King Institute of Preventive Medicine Micro-Biological Section reports 1909-11
Year: 1909
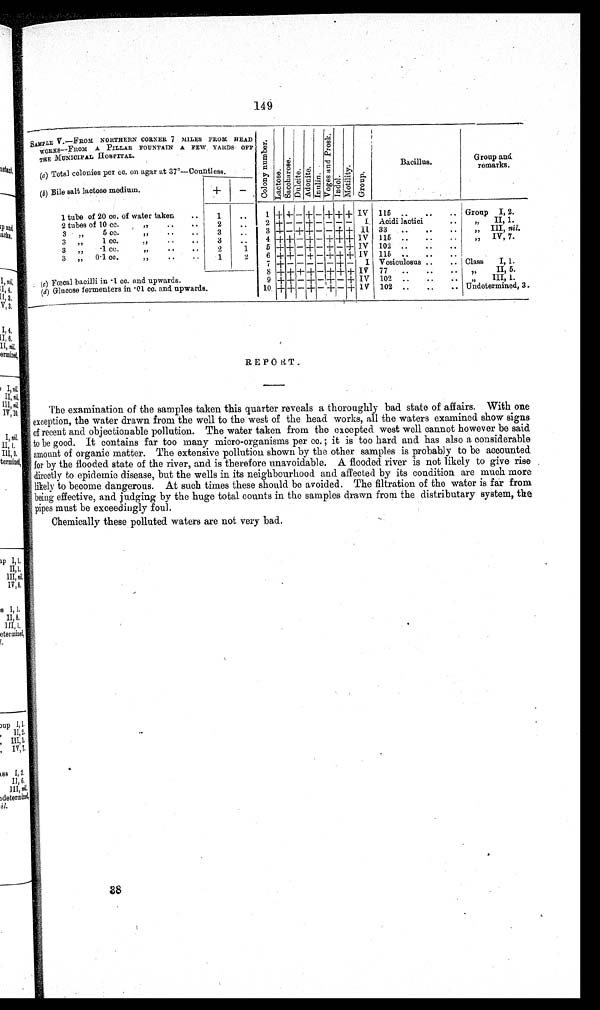
149
SAMPLE V.–FROM NORTHERN CORNER 7 MILES FROM HEAD
WORKS–FROM A PILLAR FOUNTAIN A FEW YARDS OFF
THE MUNICIPAL HOSPITAL.
C o l o n y n u m b e r .
La c t o s e . S a c c h a r o s e . Dul ci t e. Ad o n i t e . I nul i n. V o g e s a n d P r o s k . I ndol . Mo t i l i t y .
Gr oup
Bacillus.
Group and
remarks.
(a) Total colonies per cc. on agar at 37°–Countless.
(b) Bile salt lactose medium.
+
–
1 tube of 20 cc. of water taken ..
1
.
.
1 + + –
+
– +
+ + IV 115 ..
..
.. Group I, 2.
2 tubes of 10 cc.
,,
..
..
2
. .
2 + – – + – – – – I Acidi lactici
..
„ II, 1.
3 „
5 cc.
,,
..
..
3
..
3 + – + + – –
+ + II 33 . .
. .
..
, , III, nil.
3 „
1 cc.
,,
..
. .
3
..
4 + + – + – + +
+ IV 115 . .
. .
..
, , IV, 7.
3 ,, ·1 cc.
,,
..
..
2
1
5 + + – + – + – + IV 102 . . . . . .
, ,
3 „ 0·1 cc.
,,
1
2
6 + + – + – + + + IV 115 ..
..
..
=
7 + – – – – – + – I Vesiculosus ..
.. Class I, 1.
8 + + + + – + + + I V 77 ..
..
.. ,,
II,5.
(
c ) F œ c a l b a c i l l i i n · 1 c c . a n d u p w a r d s
.
9 + + – + – + – + IV 102 ..
..
.. „ III, 1.
(d ) Glucose fermenters in ·01 cc. and upwards.
10 + + – + – + – + 1V 102 ..
..
.. Undetermined, 3.
REPORT.
The examination of the samples taken this quarter reveals a thoroughly bad state of affairs. With one
exception, the water drawn from the well to the west of the head works, all the waters examined show signs
of recent and objectionable pollution. The water taken from the excepted west well cannot however be said
to be good. It contains far too many micro–organisms per cc.; it is too hard and has also a considerable
amount of organic matter. The extensive pollution shown by the other samples is probably to be accounted
for by the flooded state of the river, and is therefore unavoidable. A flooded river is not likely to give rise
directly to epidemic disease, but the wells in its neighbourhood and affected by its condition are much more
likely to become dangerous. At such times these should be avoided. The filtration of the water is far from
being effective, and judging by the huge total counts in the samples drawn from the distributary system, the
pipes must be exceedingly foul.
Chemically these polluted waters are not very bad.
38